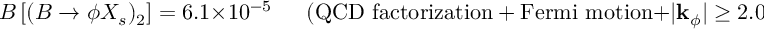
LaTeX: { \cal B } \left[ ( B \to \phi X _ { s } ) _ { 2 } \right] = 6 . 1 \times 1 0 ^ { - 5 } ~ ~ ~ ~ ~ ~ ~ ( \mathrm { Q C D ~ f a c t o r i z a t i o n + F e r m i ~ m o t i o n + } | { \bf k } _ { \phi } | \geq 2 . 0 ~ \mathrm { G e V } ) .